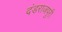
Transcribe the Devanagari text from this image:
दंडराजपुरी